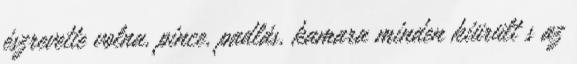
észrevette volna, pince, padlás, kamara minden kiürült s az